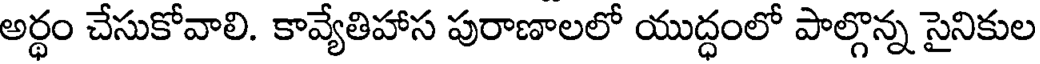
అర్ధం చేసుకోవాలి. కావ్యేతిహాస పురాణాలలో యుద్ధంలో పాల్గొన్న సైనికుల